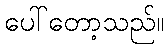
ပေါ်တော့သည်။